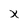
Character: X